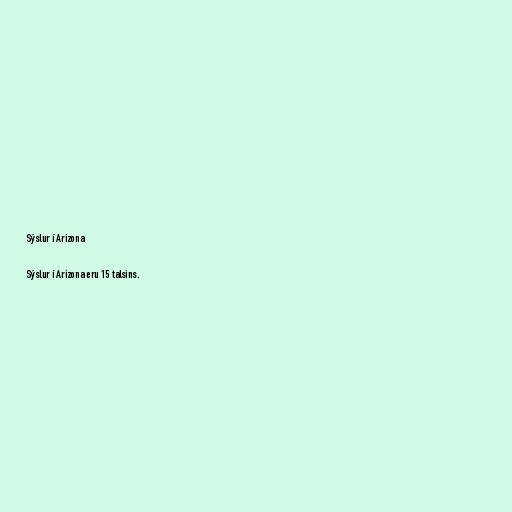
Sýslur í Arizona

Sýslur í Arizona eru 15 talsins.